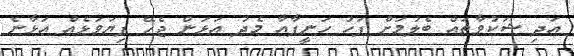
އަދި ޝަކުވާތައް ބެލުމަށް ފަހު ހަނީފާއާ މެދު އަޅަން ޖެހޭ ފިޔަވަޅެއް އަޅާނެ